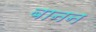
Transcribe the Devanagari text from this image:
बानन